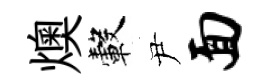
燠轂尹面